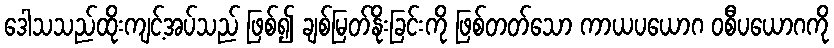
ဒေါသသည်ထိုးကျင့်အပ်သည် ဖြစ်၍ ချစ်မြတ်နိုးခြင်းကို ဖြစ်တတ်သော ကာယပယောဂ ဝစီပယောဂကို